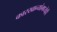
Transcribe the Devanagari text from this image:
कारखान्यांमध्येही